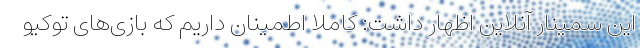
این سمینار آنلاین اظهار داشت: کاملا اطمینان داریم که بازی‌های توکیو